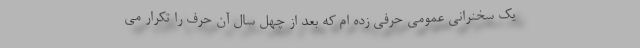
یک سخنرانی عمومی حرفی زده ام که بعد از چهل سال آن حرف را تکرار می